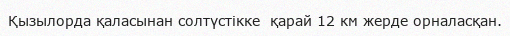
Қызылорда қаласынан солтүстікке  қарай 12 км жерде орналасқан.